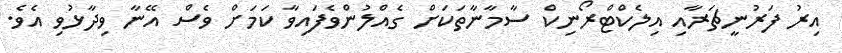
އިރު ފަރުނީޗަރާއި އިލެކްޓްރޯނިކް ސާމާނާތަކަށް ގެއްލުންވެފައިވާ ކަމަށް ވެސް އޭނާ ވިދާޅުވި އެވެ.